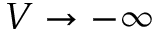
V \to - \infty